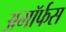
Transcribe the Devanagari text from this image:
अमॉर्फस